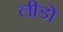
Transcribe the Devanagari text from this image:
लीडो